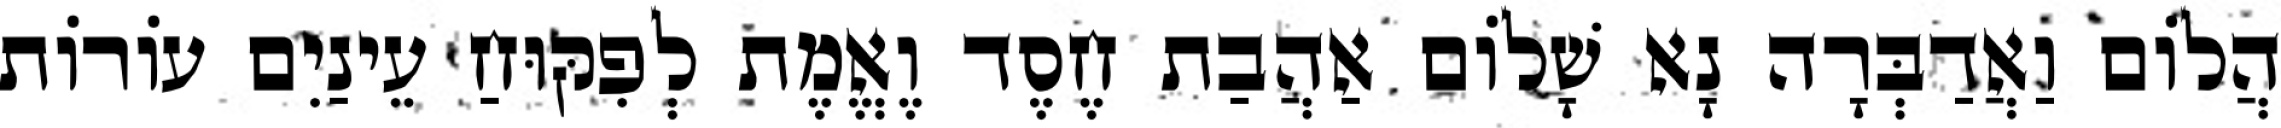
הֲלוֹם וַאֲדַבְּרָה נָא שָׁלוֹם אַהֲבַת חֶסֶד וֶאֱמֶת לְפִקּוּחַ עֵינַיִם עוֹרוֹת